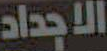
الاجداد